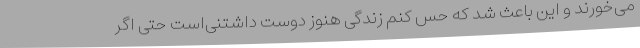
می‌خورند و این باعث شد که حس کنم زندگی هنوز دوست داشتنی‌است حتی اگر